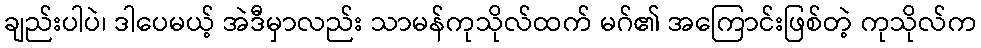
ချည်းပါပဲ၊ ဒါပေမယ့် အဲဒီမှာလည်း သာမန်ကုသိုလ်ထက် မဂ်၏ အကြောင်းဖြစ်တဲ့ ကုသိုလ်က